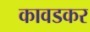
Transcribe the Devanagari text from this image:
कावडकर